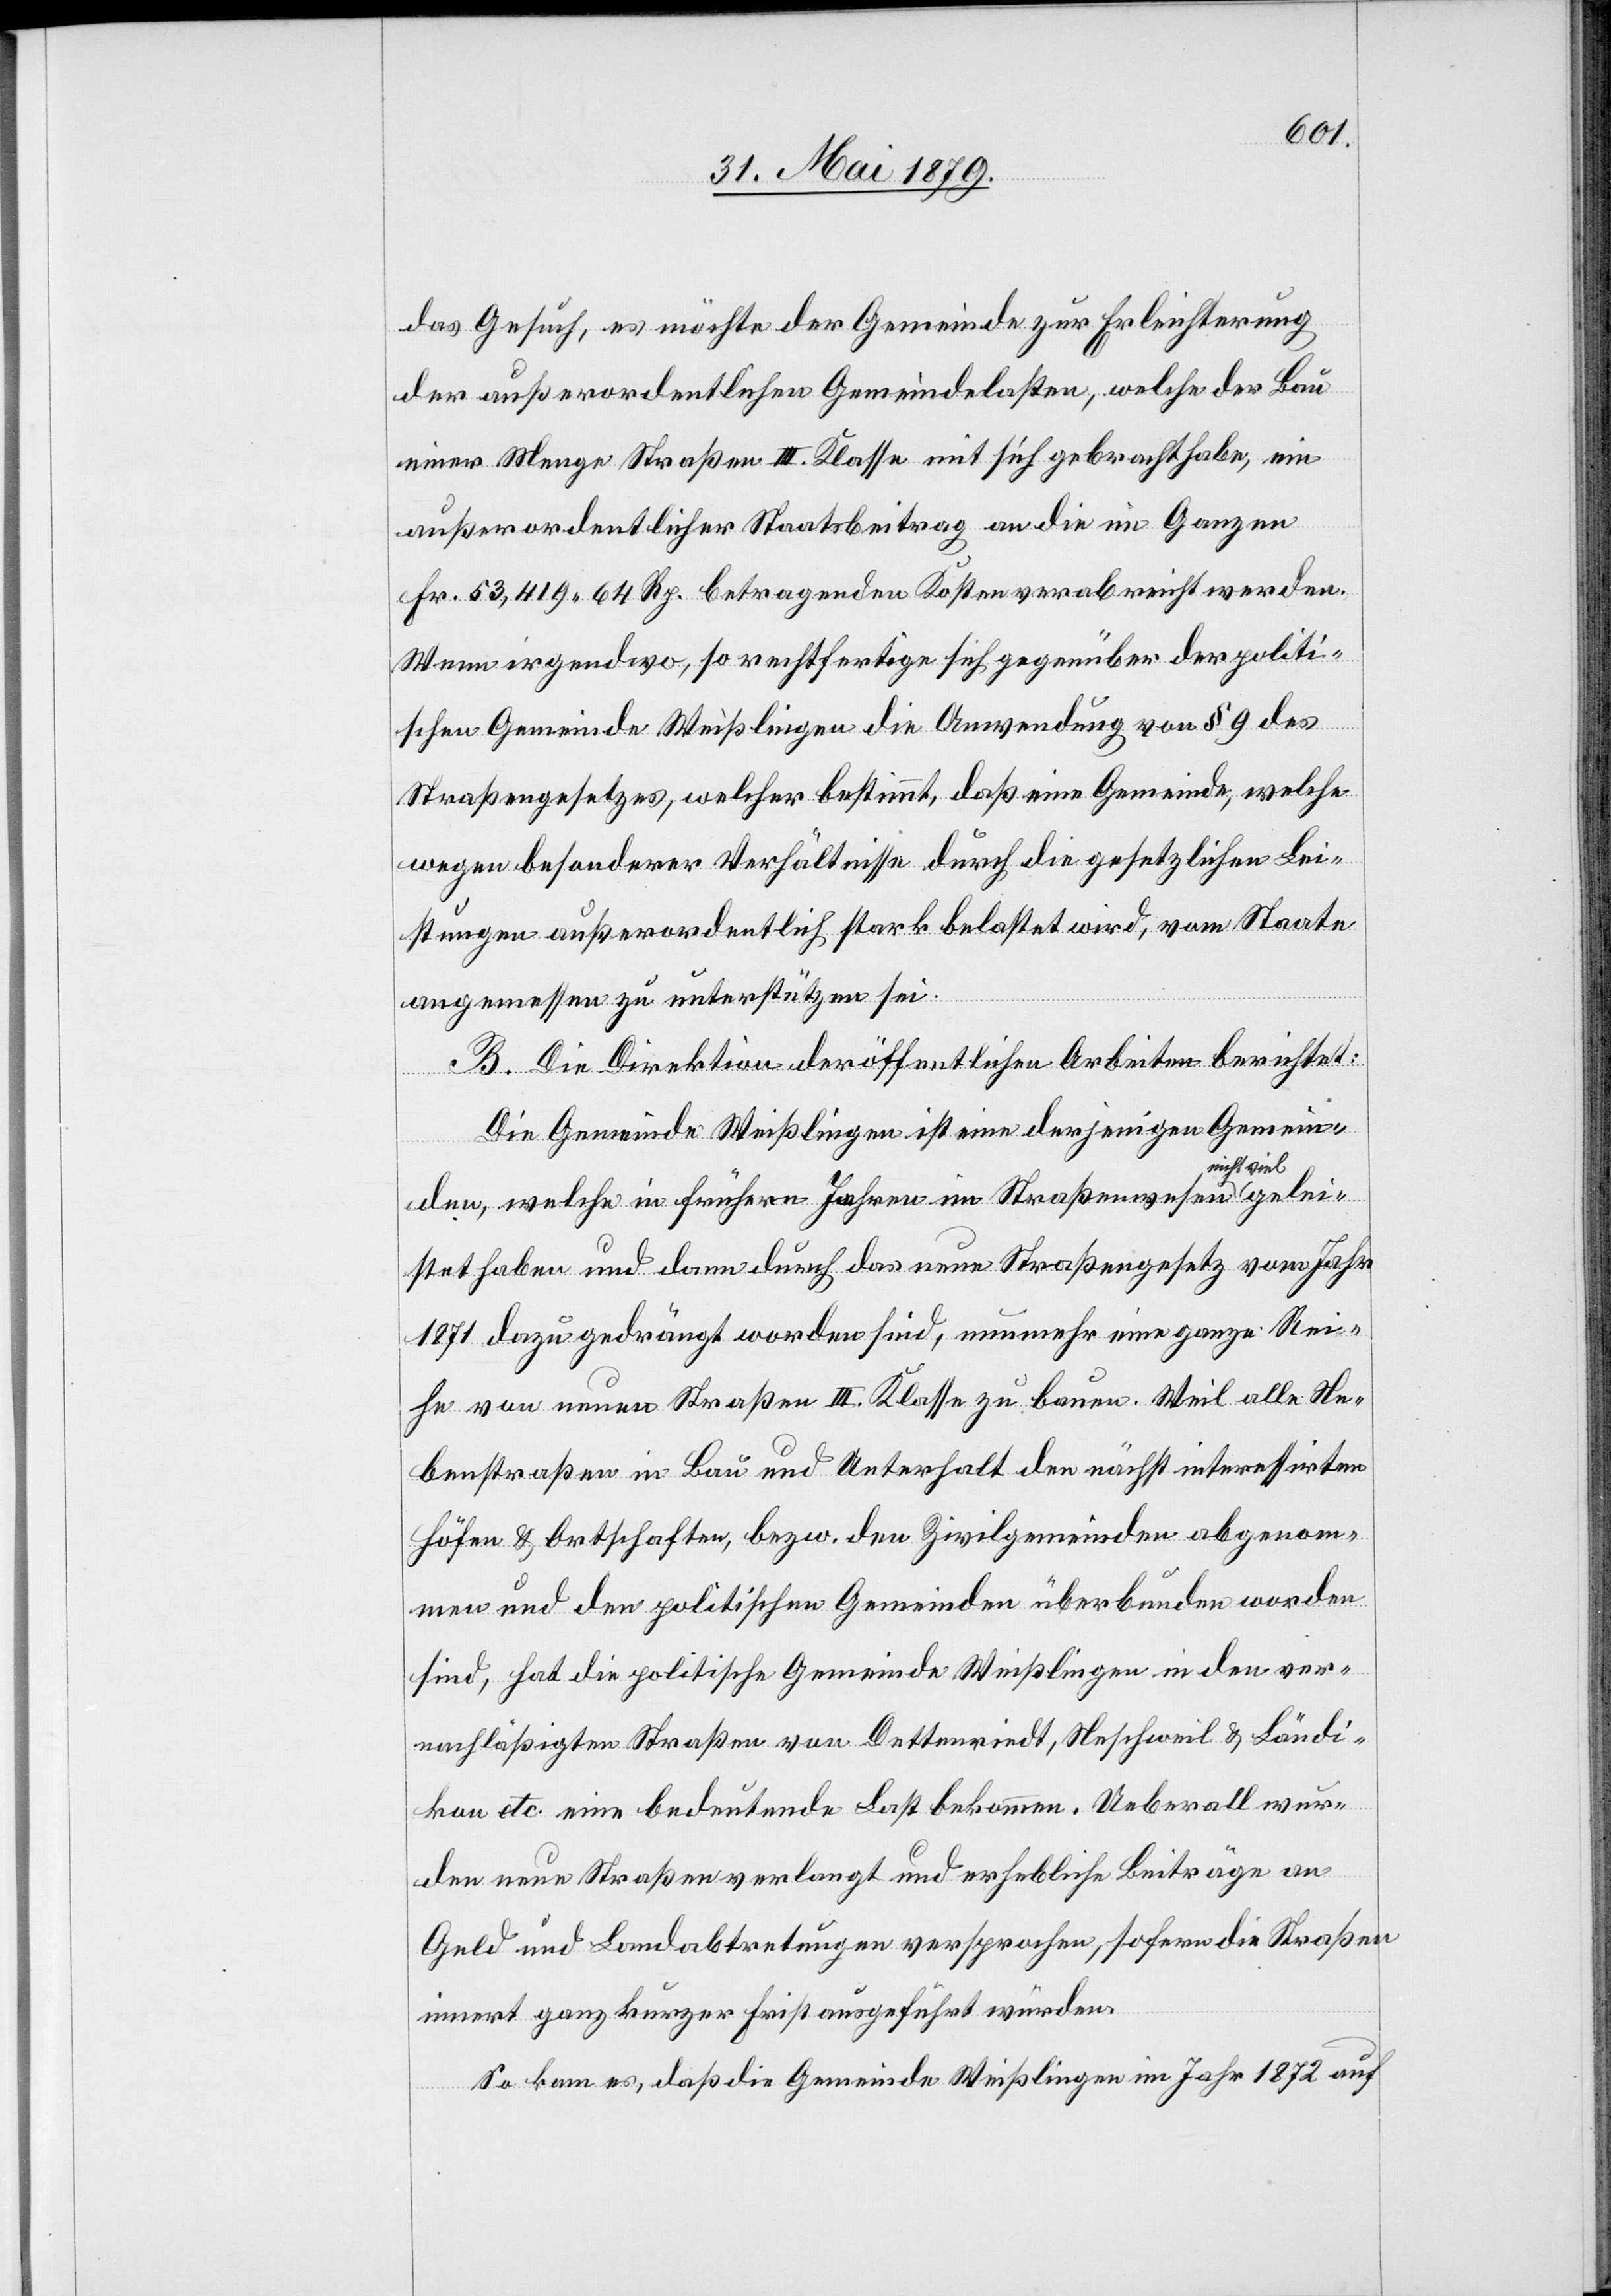
gelei¬
das Gesuch, es möchte der Gemeinde zur Erleichterung
der außerordentlichen Gemeindelasten, welche der Bau
einer Menge Straßen III. Klasse mit sich gebracht habe, ein
außerordentlicher Staatsbeitrag an die im Ganzen
Fr. 53,419 64 Rp. betragenden Kosten verabreicht werden.
Wenn irgendwo, so rechtfertige sich gegenüber der politi¬
schen Gemeinde Weißlingen die Anwendung von § 9 des
Straßengesetzes, welcher bestimmt, daß eine Gemeinde, welche
wegen besonderer Verhältnisse durch die gesetzlichen Lei¬
stungen außerordentlich stark belastet wird, vom Staate
angemessen zu unterstützen sei.
B. Die Direktion der öffentlichen Arbeiten berichtet:
Die Gemeinde Weißlingen ist eine derjenigen Gemein¬
cht viel
den, welche in frühern Jahren im Straßenwesen ni¬
stet haben und dann durch das neue Straßengesetz vom Jahr
1871 dazu gedrängt worden sind, nunmehr eine ganze Rei¬
he von neuen Straßen III. Klasse zu bauen. Weil alle Ne¬
benstraßen in Bau und Unterhalt den nächst interessirten
Höfen & Ortschaften, bezw. den Zivilgemeinden abgenom¬
men und den politischen Gemeinden überbunden worden
sind, hat die politische Gemeinde Weißlingen in den ver¬
nachläßigten Straßen von Dettenriedt, Neschweil & Ländi¬
kon etc. eine bedeutende Last bekommen. Ueberall wur¬
den neue Straßen verlangt und erhebliche Beiträge an
Geld und Landabtretungen versprochen, sofern die Straßen
innert ganz kurzer Frist ausgeführt würden.
So kam es, daß die Gemeinde Weißlingen im Jahr 1872 auf